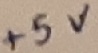
Text: +5V